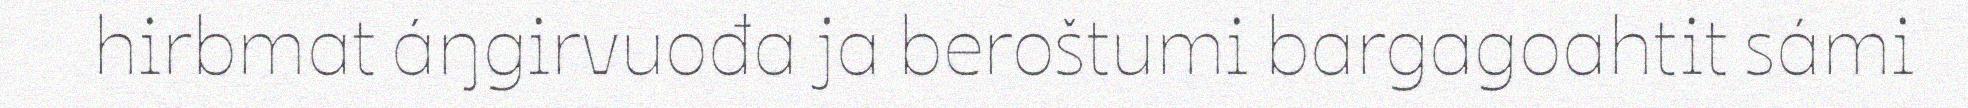
hirbmat áŋgirvuođa ja beroštumi bargagoahtit sámi